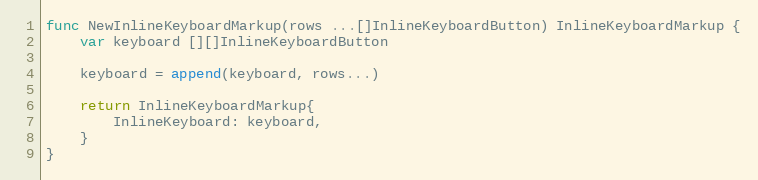
Language: Go
func NewInlineKeyboardMarkup(rows ...[]InlineKeyboardButton) InlineKeyboardMarkup {
	var keyboard [][]InlineKeyboardButton

	keyboard = append(keyboard, rows...)

	return InlineKeyboardMarkup{
		InlineKeyboard: keyboard,
	}
}